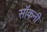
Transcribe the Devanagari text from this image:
सॉकनी